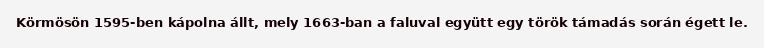
Körmösön 1595-ben kápolna állt, mely 1663-ban a faluval együtt egy török támadás során égett le.